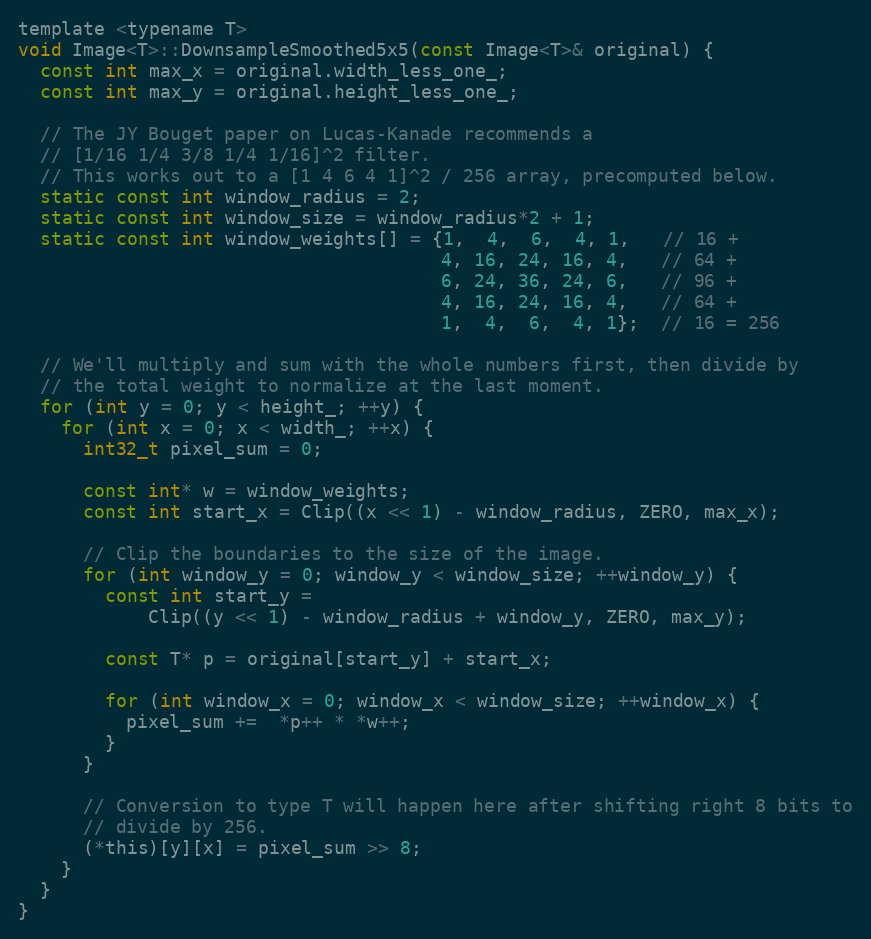
Language: C
template <typename T>
void Image<T>::DownsampleSmoothed5x5(const Image<T>& original) {
  const int max_x = original.width_less_one_;
  const int max_y = original.height_less_one_;

  // The JY Bouget paper on Lucas-Kanade recommends a
  // [1/16 1/4 3/8 1/4 1/16]^2 filter.
  // This works out to a [1 4 6 4 1]^2 / 256 array, precomputed below.
  static const int window_radius = 2;
  static const int window_size = window_radius*2 + 1;
  static const int window_weights[] = {1,  4,  6,  4, 1,   // 16 +
                                       4, 16, 24, 16, 4,   // 64 +
                                       6, 24, 36, 24, 6,   // 96 +
                                       4, 16, 24, 16, 4,   // 64 +
                                       1,  4,  6,  4, 1};  // 16 = 256

  // We'll multiply and sum with the whole numbers first, then divide by
  // the total weight to normalize at the last moment.
  for (int y = 0; y < height_; ++y) {
    for (int x = 0; x < width_; ++x) {
      int32_t pixel_sum = 0;

      const int* w = window_weights;
      const int start_x = Clip((x << 1) - window_radius, ZERO, max_x);

      // Clip the boundaries to the size of the image.
      for (int window_y = 0; window_y < window_size; ++window_y) {
        const int start_y =
            Clip((y << 1) - window_radius + window_y, ZERO, max_y);

        const T* p = original[start_y] + start_x;

        for (int window_x = 0; window_x < window_size; ++window_x) {
          pixel_sum +=  *p++ * *w++;
        }
      }

      // Conversion to type T will happen here after shifting right 8 bits to
      // divide by 256.
      (*this)[y][x] = pixel_sum >> 8;
    }
  }
}